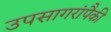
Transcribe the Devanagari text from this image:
उपसागरांपैकी